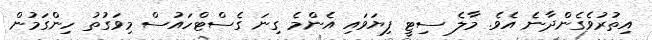
އިތުރުވެގެންދާނެ އެވެ. މާލެ ސިޓީ ފިޔަވައި އެންމެ ގިނަ ގެސްޓްހައުސް މިވަގުތު ހިންގަމުން